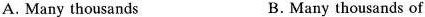
A. Many thousands B.Many thousands of